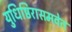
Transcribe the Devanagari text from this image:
युधिष्ठिरासमवेत